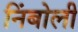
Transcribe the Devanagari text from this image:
निंबोली